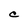
Character: C